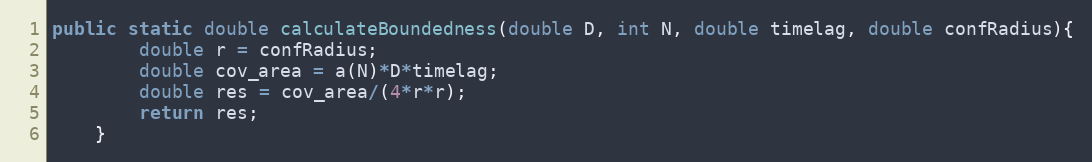
Language: Java
public static double calculateBoundedness(double D, int N, double timelag, double confRadius){
		double r = confRadius;
		double cov_area = a(N)*D*timelag;
		double res = cov_area/(4*r*r);
		return res;
	}